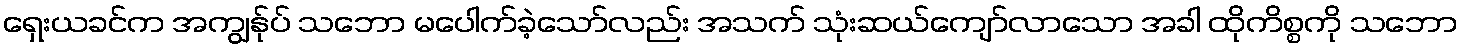
ရှေးယခင်က အကျွန်ုပ် သဘော မပေါက်ခဲ့သော်လည်း အသက် သုံးဆယ်ကျော်လာသော အခါ ထိုကိစ္စကို သဘော